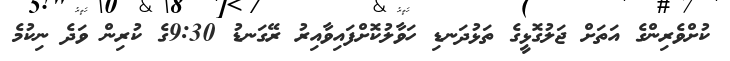
ކުށްވެރިންގެ އަތަށް ޖަލުގޮޅީގެ ތަޅުދަނޑި ހަވާލުކޮށްފައިވާއިރު ރޭގަނޑު 9:30ގެ ކުރިން ވަދެ ނިކުމެ